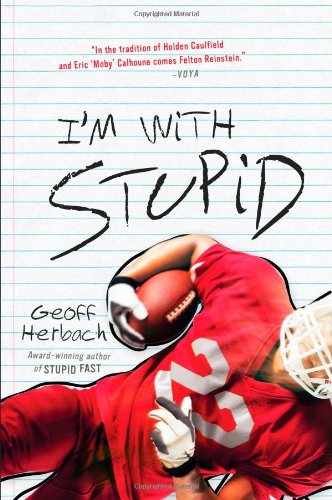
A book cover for I'm With Stupid (Felton Reinstein trilogy); Geoff Herbach; Teen & Young Adult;